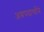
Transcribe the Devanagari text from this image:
अन्नपदार्थाने